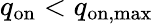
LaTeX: q_{\mathrm{on}}<q_{\mathrm{on,max}}